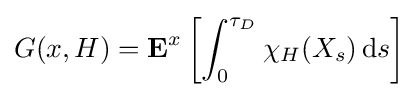
G(x,H)=\mathbf {E} ^{x}\left[\int _{0}^{\tau _{D}}\chi _{H}(X_{s})\,\mathrm {d} s\right]